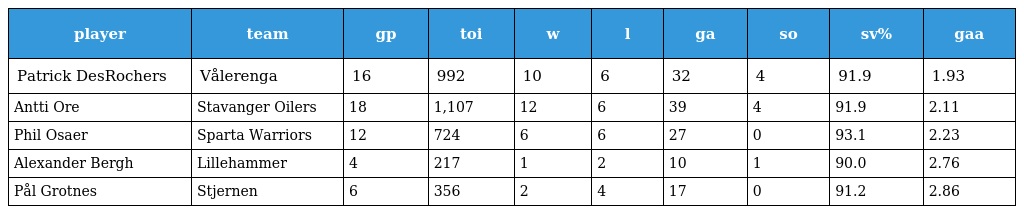
| player | team | gp | toi | w | l | ga | so | sv% | gaa |
 | --- | --- | --- | --- | --- | --- | --- | --- | --- | --- |
 | Patrick DesRochers | Vålerenga | 16 | 992 | 10 | 6 | 32 | 4 | 91.9 | 1.93 |
 | Antti Ore | Stavanger Oilers | 18 | 1,107 | 12 | 6 | 39 | 4 | 91.9 | 2.11 |
 | Phil Osaer | Sparta Warriors | 12 | 724 | 6 | 6 | 27 | 0 | 93.1 | 2.23 |
 | Alexander Bergh | Lillehammer | 4 | 217 | 1 | 2 | 10 | 1 | 90.0 | 2.76 |
 | Pål Grotnes | Stjernen | 6 | 356 | 2 | 4 | 17 | 0 | 91.2 | 2.86 |